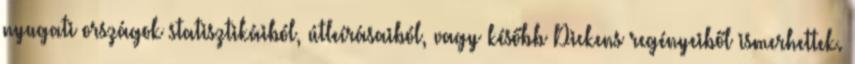
nyugati országok statisztikáiból, útleírásaiból, vagy később Dickens regényeiből ismerhettek.